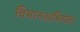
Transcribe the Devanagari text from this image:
विमानअभियंता